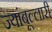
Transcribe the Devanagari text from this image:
ज्यांबूल्लारी